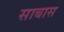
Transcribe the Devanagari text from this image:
साबास